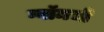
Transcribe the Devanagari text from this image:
ग्वॉमची